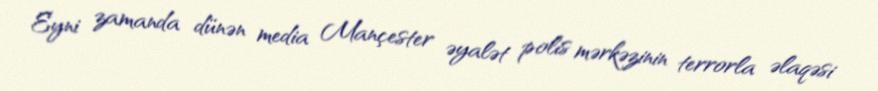
Eyni zamanda dünən media Mançester əyalət polis mərkəzinin terrorla əlaqəsi